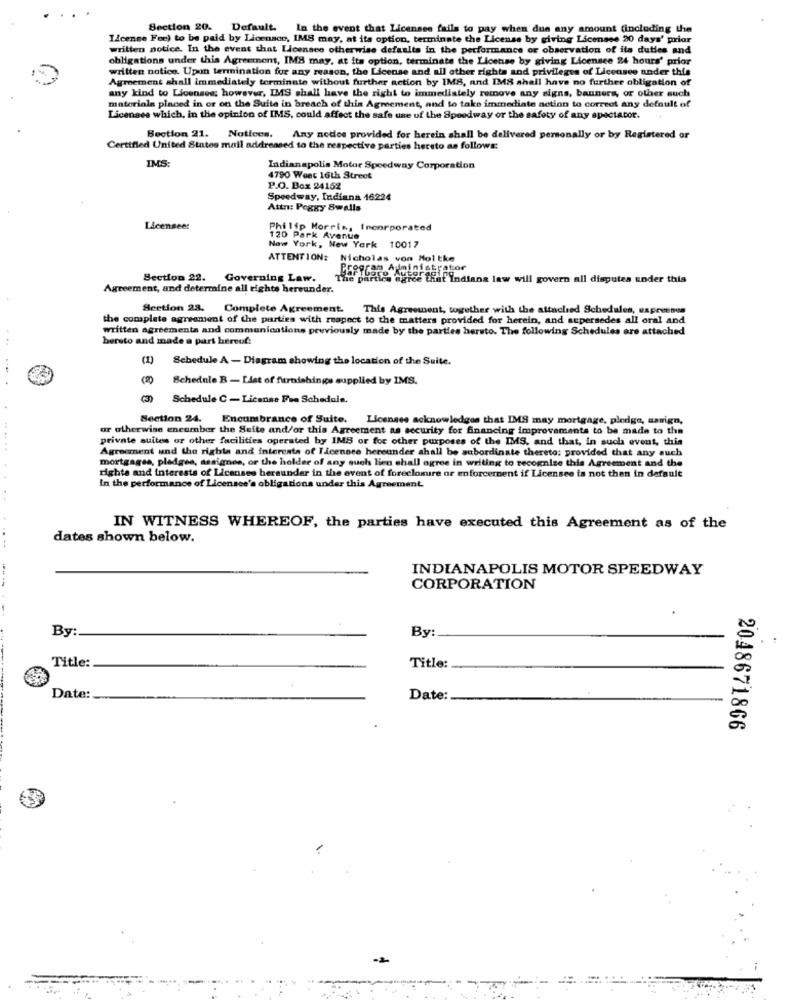
Section 20. Default.
In the event that Licensee fails to pay when due any amount (including the
License Fee) to be paid by Licensee, IMS may, at its option, terminate the License by giving Licensse 20 days' prior
written notice. In the event that Licensee otherwise defaults in the performance or observation of its duties and
obligations under this Agreement, IMS may, at its option, terminate the License by giving Licensce 24 hours' prior
written notice. Upon termination for any reason, the License and all other rights and privileges of Licensee under this
Agreement shall immediately terminate without further action by IMS, and IMS shall have no further obligation of
any kind to Licenses; however, IMS shall have the right to immediately remove any signs, banners, or other such
materiala placed in or on the Suite in breach of this Agreement, and to take immediate action to correct any default of
Licenses which, in the opinion of IMS, could affect the safe une of the Speedway or the safety of any spectator.
Bection 21.
Notices.
Any nodes provided for herein shall be delivered personally or by Registered or
Certified United States mail addressed to the respective parties hereto as follows:
IMS:
Indianapolis Motor Speedway Corporation
4790 Weet 16th Street
P.O. Box 24152
Speedway, Indiana 16224
Attn: Peggy Swalls
Licensee:
Philip Morris, Incorporated
120 Park Avenue
New York, New York 10017
ATTENTION:
ATTENTION: Nicholas von Moltke
Section 22.
Governing Law.
The parties agree that Indians law will govern all disputes under this
Agreement, and determine all rights hereunder.
Section 28.
Section 23. Complete Agreement.
This Agreement, together with the attached Schedules, expressen
the complete agreement of the parties with respect to the matters provided for herein, and supersedes all oral and
written agreementa and communications previously made by the parties hersto. The following Schedules are attached
beresto and made a part hereof:
(1)
Schedule A - Diagram showing the location of the Suite.
Schedule B - List of furnishings supplied by IMS.
(3)
Schedule C - Licanse Fue Schedule.
Section 24.
Encumbrance of Suite.
Licenses acknowledges that IMS may mortgage, pledge, assign,
ar otherwise encumber the Suite and/or this Agreement as security for financing improvements to be made to the
private suites or other facilities operated by IMS or for other purposes of the IMS, and that, in such event, this
Agreement and the rights and interests of Licensee hereunder shall be subordinate thereto: provided that any such
mortgages, pledges, assignde, or the holder of any such lien chall ogree in writing to recognize this Agreement and the
rights and interests of Licensee bersunder in the event of foreclosure or enforcement if Licensee is not then in default
In the performance of Licensce's obligations under this Agreement
IN WITNESS WHEREOF, the parties have executed this Agreement as of the
. ..
dates shown below.
INDIANAPOLIS MOTOR SPEEDWAY
CORPORATION
By:
By:
Title:
Title:
Date:
Date:
2048671866
-2